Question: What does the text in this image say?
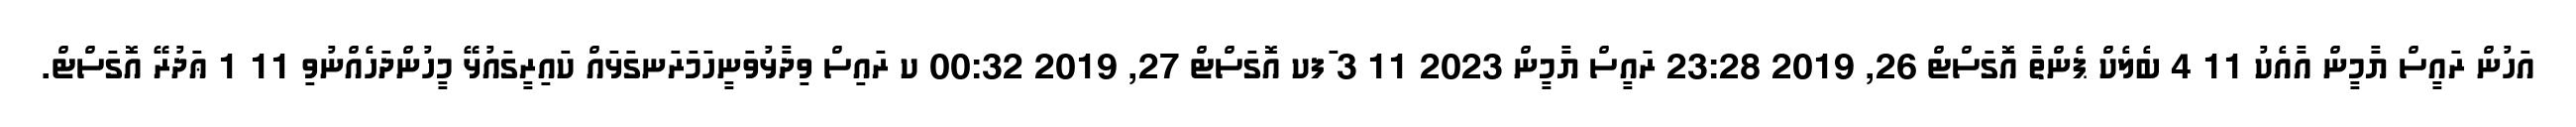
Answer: އަހުން ރައީސް ޔާމީން އާއެކު 11 4 ބެލެކް ޕެންތާ އޮގަސްޓް 26, 2019 23:28 ރައީސް ޔާމީން 2023 11 3 ަފކ އޮގަސްޓް 27, 2019 00:32 ކ ރައިސް ވިދާޅުވަނީހަމަރަނގަޅައް ކައިރީގައުޅޭ މީހުންދަހެއްނުވި 11 1 ޢަދުރޭ އޮގަސްޓް.